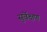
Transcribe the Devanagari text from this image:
सुर्वेक्षण